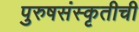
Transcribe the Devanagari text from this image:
पुरुषसंस्कृतीची